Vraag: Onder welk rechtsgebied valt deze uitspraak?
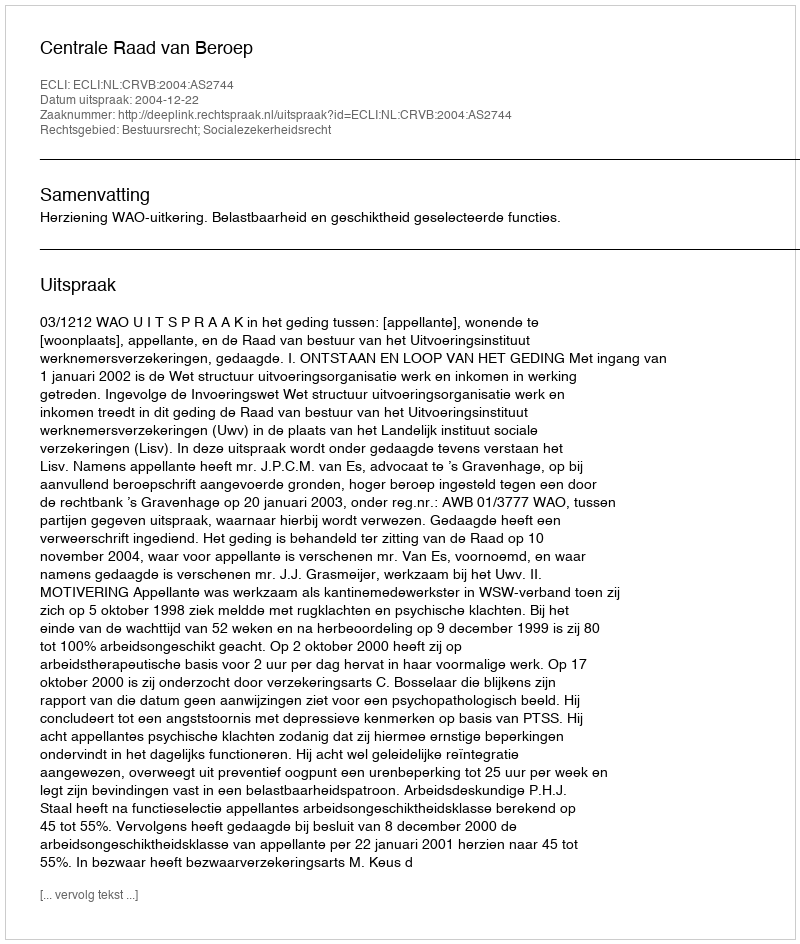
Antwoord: Bestuursrecht; Socialezekerheidsrecht